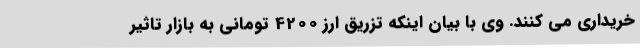
خریداری می کنند. وی با بیان اینکه تزریق ارز 4200 تومانی به بازار تاثیر